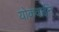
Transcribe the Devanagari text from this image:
योकवाईन